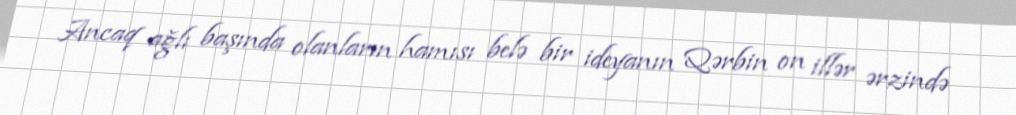
Ancaq ağlı başında olanların hamısı belə bir ideyanın Qərbin on illər ərzində